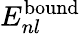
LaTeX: E_{nl}^{\mathrm{bound}}